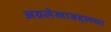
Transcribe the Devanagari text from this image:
अग्रलेखाबद्दलचा